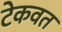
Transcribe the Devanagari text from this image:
टेकवत